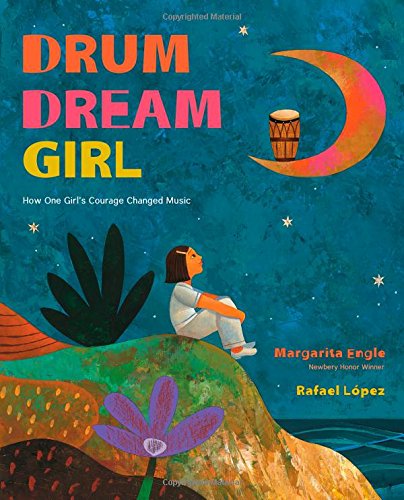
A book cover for Drum Dream Girl: How One Girl's Courage Changed Music; Margarita Engle; Children's Books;